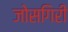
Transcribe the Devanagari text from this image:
जोसगिरी